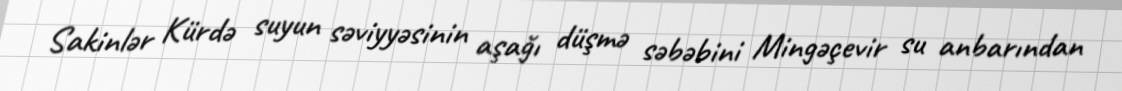
Sakinlər Kürdə suyun səviyyəsinin aşağı düşmə səbəbini Mingəçevir su anbarından